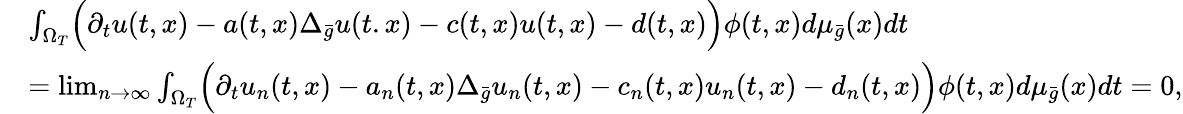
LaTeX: \begin{array}{rl}&{\int_{\Omega_{T}}\Bigl(\partial_{t}u(t,x)-a(t,x)\Delta_{\bar{g}}u(t.x)-c(t,x)u(t,x)-d(t,x)\Bigr)\phi(t,x)d\mu_{\bar{g}}(x)dt}\\ &{=\operatorname*{lim}_{n\to\infty}\int_{\Omega_{T}}\Bigl(\partial_{t}u_{n}(t,x)-a_{n}(t,x)\Delta_{\bar{g}}u_{n}(t,x)-c_{n}(t,x)u_{n}(t,x)-d_{n}(t,x)\Bigr)\phi(t,x)d\mu_{\bar{g}}(x)dt=0,}\end{array}